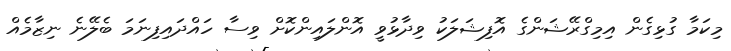
މިކަމާ ގުޅިގެން އިމިގްރޭޝަންގެ އޮފިޝަލަކު ވިދާޅުވީ އޮންލައިންކޮށް ވިސާ ހައްދައިފިނަމަ ބެލޭނެ ނިޒާމެއް